NASA-UAP-D2, Apollo 17 Transcript, 1972
Agency: NASA
Incident date: 1972
Incident location: Moon
Page 16
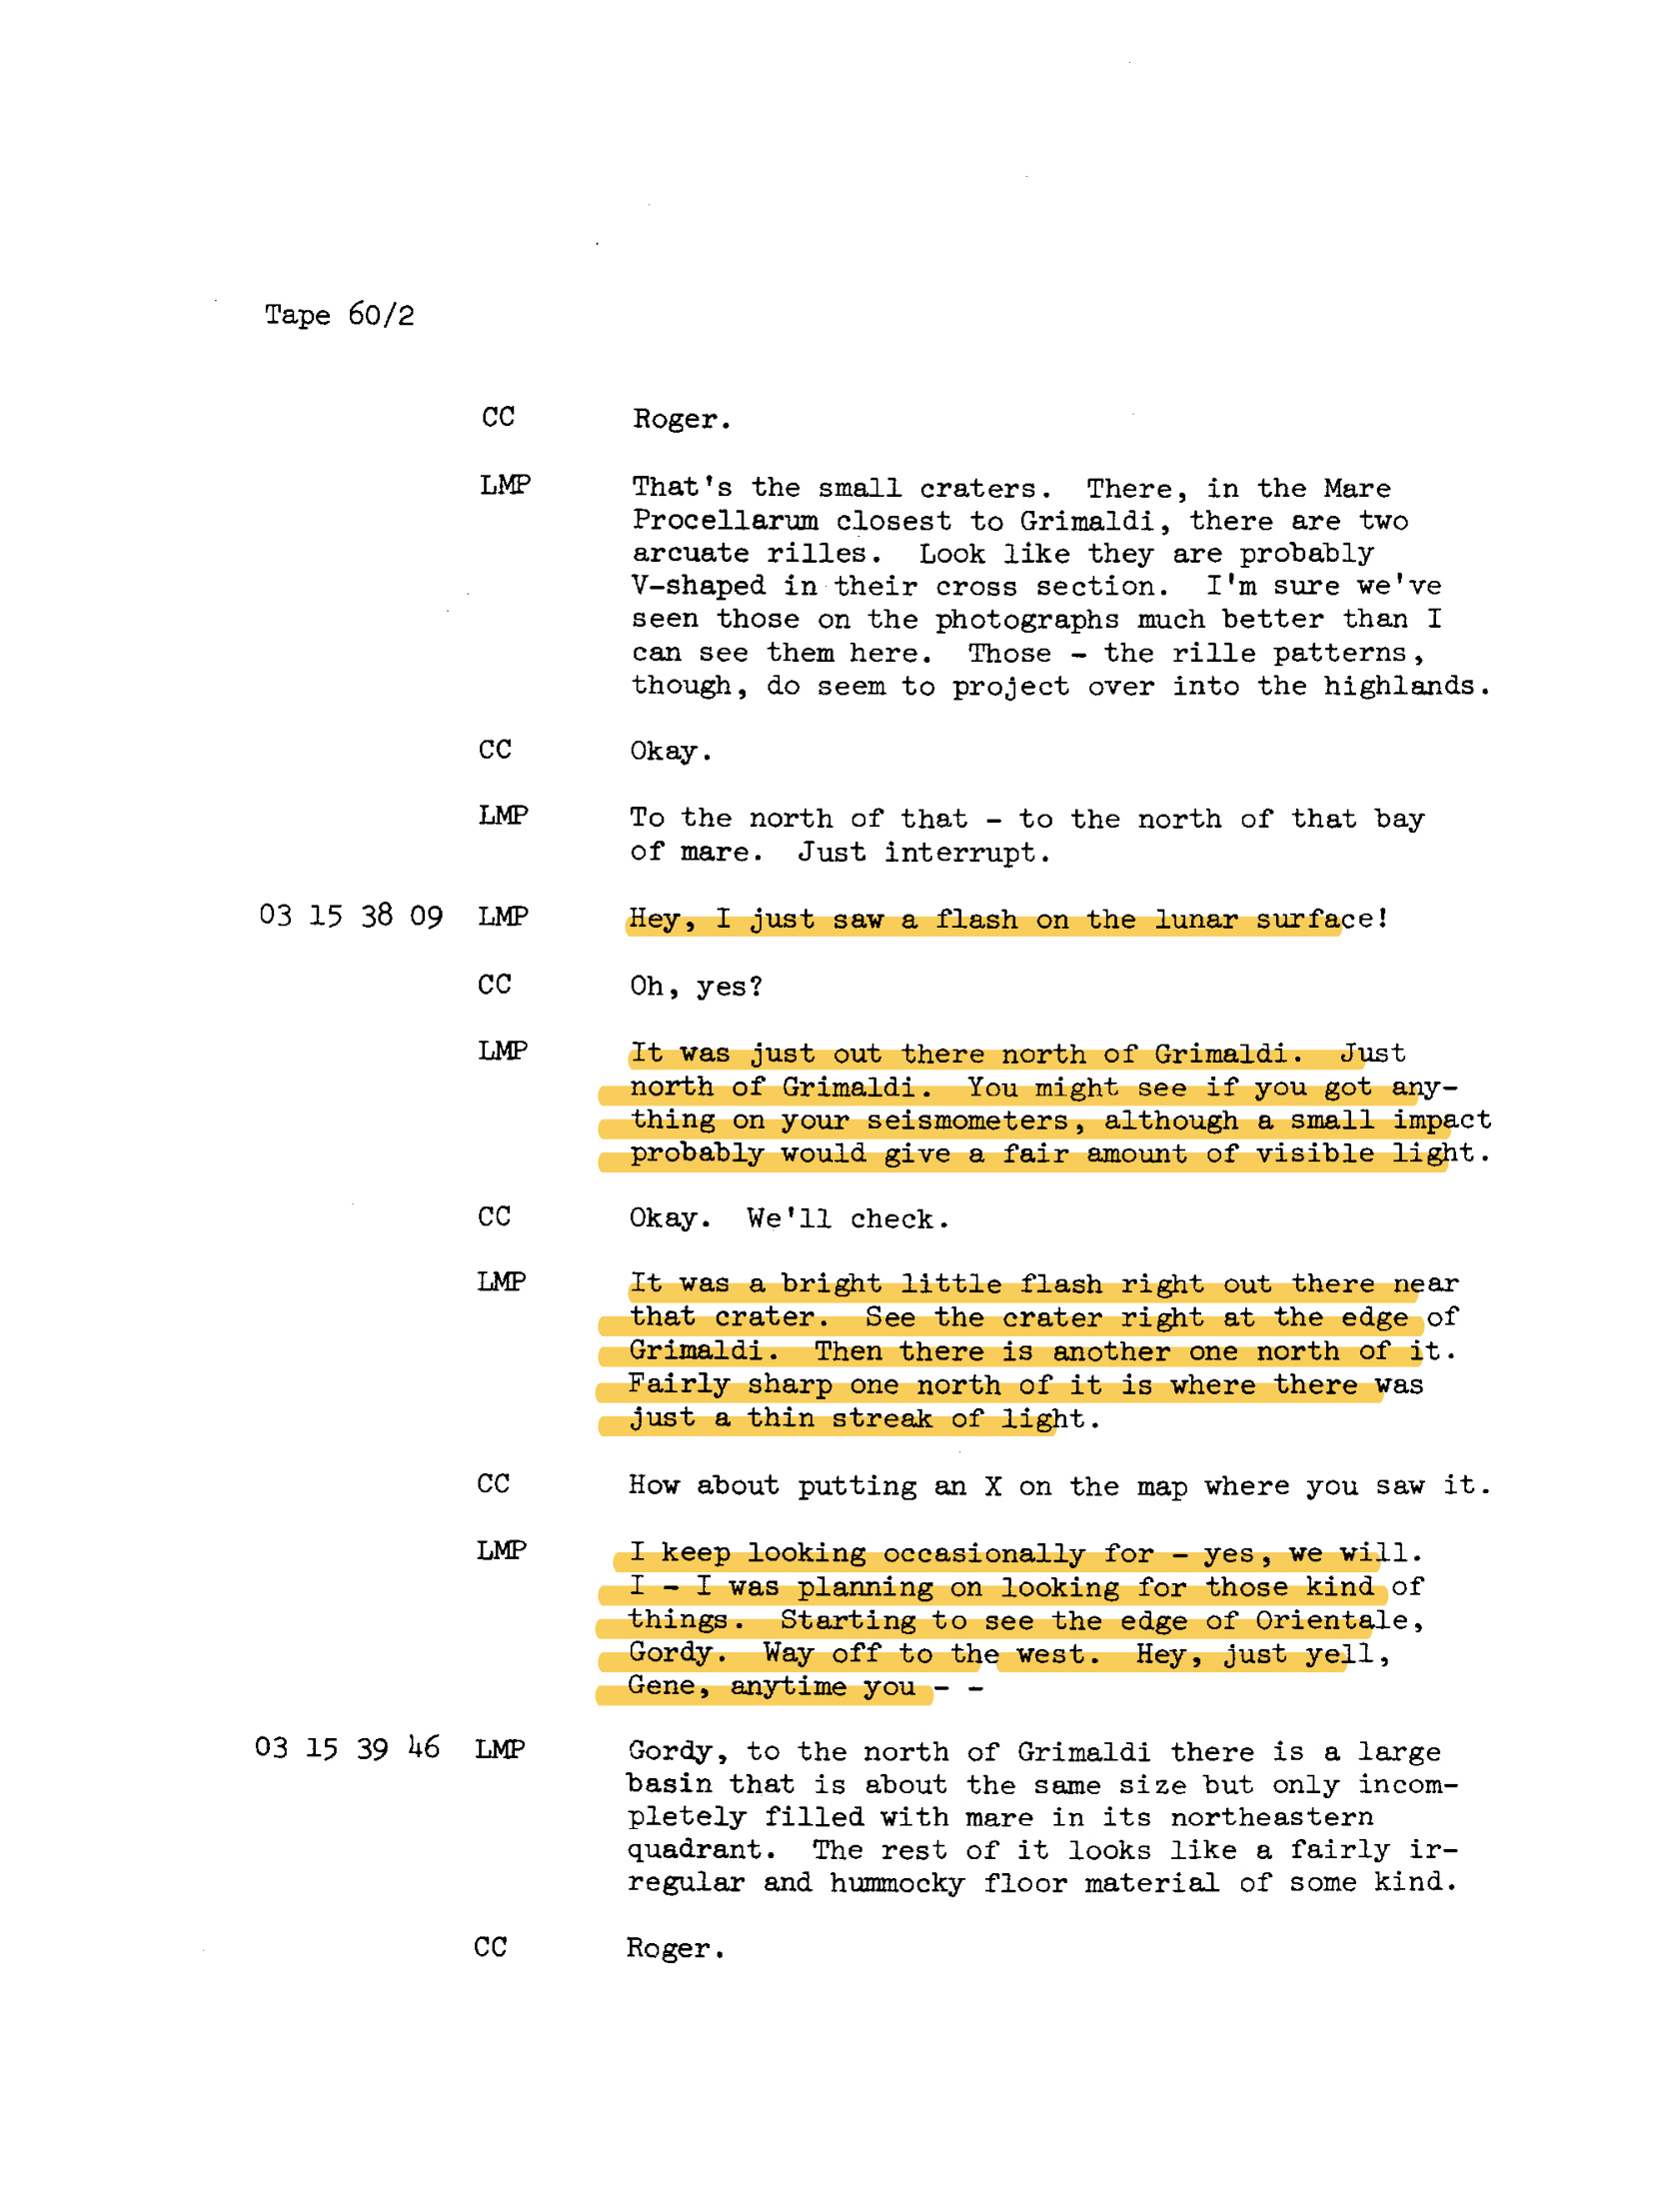